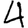
Digit: 4